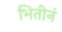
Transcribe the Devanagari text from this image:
भितीनं